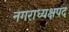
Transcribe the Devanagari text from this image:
नगराध्यक्षपद